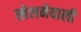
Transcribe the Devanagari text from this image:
खेलनेवाली